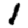
Digit: 1